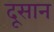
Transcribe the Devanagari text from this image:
दूसान